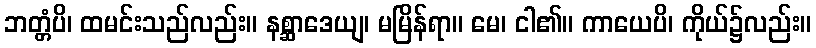
ဘတ္တံပိ၊ ထမင်းသည်လည်း။ နစ္ဆာဒေယျ၊ မမြိန်ရာ။ မေ၊ ငါ၏။ ကာယေပိ၊ ကိုယ်၌လည်း။